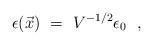
LaTeX: \begin{align*}\epsilon(\vec x)~=~ V^{-1/2}\epsilon _0\ \ ,\end{align*}